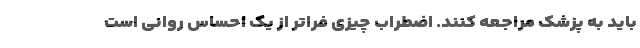
باید به پزشک مراجعه کنند. اضطراب چیزی فراتر از یک احساس روانی است